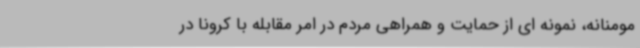
مومنانه، نمونه ای از حمایت و همراهی مردم در امر مقابله با کرونا در